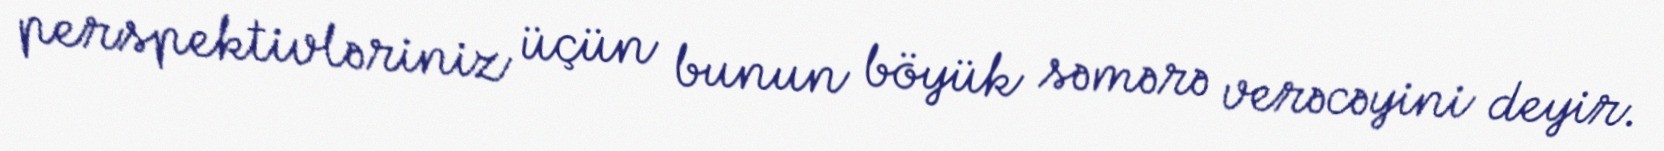
perspektivləriniz üçün bunun böyük səmərə verəcəyini deyir.